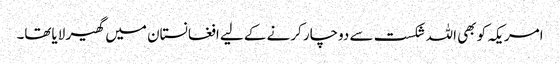
امریکہ کو بھی اللہ شکست سے دوچار کرنے کے لیے افغانستان میں گھیر لایاتھا۔